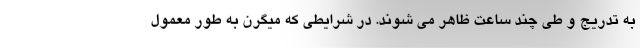
به تدریج و طی چند ساعت ظاهر می شوند. در شرایطی که میگرن به طور معمول